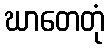
ဃာတေတုံ